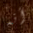
أنه